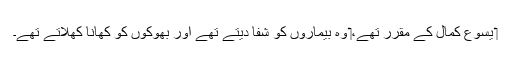
‏ یسوع کمال کے مقرر تھے،‏ وہ بیماروں کو شفا دیتے تھے اور بھوکوں کو کھانا کھلاتے تھے۔